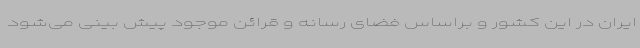
ایران در این کشور و براساس فضای رسانه و قرائن موجود پیش بینی می‌شود